Lunatic asylums Madras 1877-1891 - 1877-1891
Year: 1877
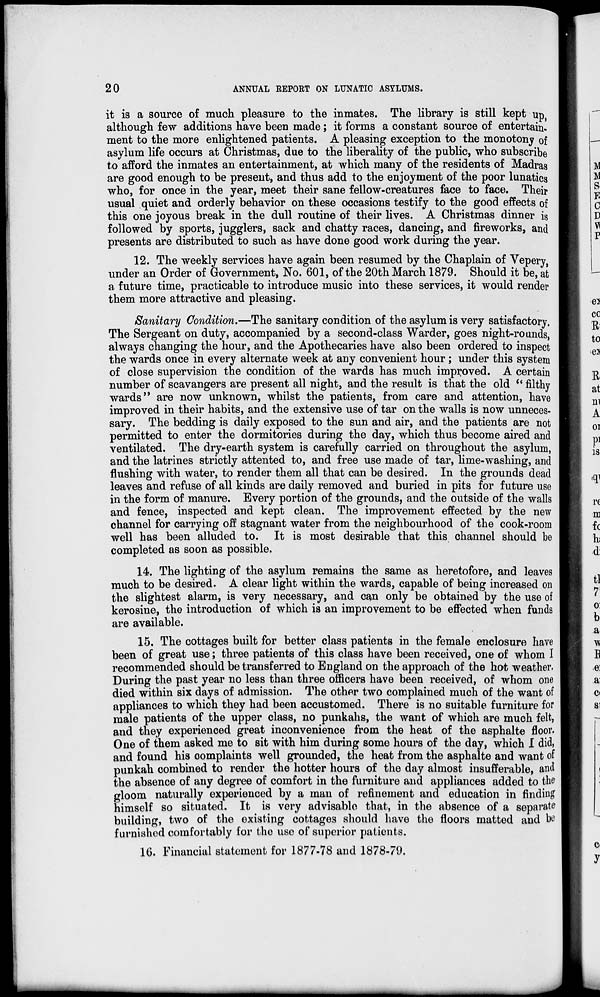
20
ANNUAL REPORT ON LUNATIC ASYLUMS.
it is a source of much pleasure to the inmates. The library is still kept up,
although few additions have been made; it forms a constant source of entertain-
ment to the more enlightened patients. A pleasing exception to the monotony of
asylum life occurs at Christmas, due to the liberality of the public, who subscribe
to afford the inmates an entertainment, at which many of the residents of Madras
are good enough to be present, and thus add to the enjoyment of the poor lunatics
who, for once in the year, meet their sane fellow-creatures face to face. Their
usual quiet and orderly behavior on these occasions testify to the good effects of
this one joyous break in the dull routine of their lives. A Christmas dinner is
followed by sports, jugglers, sack and chatty races, dancing, and fireworks, and
presents are distributed to such as have done good work during the year.
12. The weekly services have again been resumed by the Chaplain of Vepery,
under an Order of Government, No. 601, of the 20th March 1879. Should it be, at
a future time, practicable to introduce music into these services, it would render
them more attractive and pleasing.
Sanitary Condition.—The sanitary condition of the asylum is very satisfactory.
The Sergeant on duty, accompanied by a second-class Warder, goes night-rounds,
always changing the hour, and the Apothecaries have also been ordered to inspect
the wards once in every alternate week at any convenient hour; under this system
of close supervision the condition of the wards has much improved. A certain
number of scavangers are present all night, and the result is that the old " filthy
wards" are now unknown, whilst the patients, from care and attention, have
improved in their habits, and the extensive use of tar on the walls is now unneces-
sary. The bedding is daily exposed to the sun and air, and the patients are not
permitted to enter the dormitories during the day, which thus become aired and
ventilated. The dry-earth system is carefully carried on throughout the asylum,
and the latrines strictly attented to, and free use made of tar, lime-washing, and
flushing with water, to render them all that can be desired. In the grounds dead
leaves and refuse of all kinds are daily removed and buried in pits for future use
in the form of manure. Every portion of the grounds, and the outside of the walls
and fence, inspected and kept clean. The improvement effected by the new
channel for carrying off stagnant water from the neighbourhood of the cook-room
well has been alluded to. It is most desirable that this channel should be
completed as soon as possible.
14. The lighting of the asylum remains the same as heretofore, and leaves
much to be desired. A clear light within the wards, capable of being increased on
the slightest alarm, is very necessary, and can only be obtained by the use of
kerosine, the introduction of which is an improvement to be effected when funds
are available.
15. The cottages built for better class patients in the female enclosure have
been of great use; three patients of this class have been received, one of whom I
recommended should be transferred to England on the approach of the hot weather.
During the past year no less than three officers have been received, of whom one
died within six days of admission. The other two complained much of the want of
appliances to which they had been accustomed. There is no suitable furniture for
male patients of the upper class, no punkahs, the want of which are much felt,
and they experienced great inconvenience from the heat of the asphalte floor.
One of them asked me to sit with him during some hours of the day, which I did,
and found his complaints well grounded, the heat from the asphalte and want of
punkah combined to render the hotter hours of the day almost insufferable, and
the absence of any degree of comfort in the furniture and appliances added to the
gloom naturally experienced by a man of refinement and education in finding
himself so situated. It is very advisable that, in the absence of a separate
building, two of the existing cottages should have the floors matted and be
furnished comfortably for the use of superior patients.
16. Financial statement for 1877-78 and 1878-79.